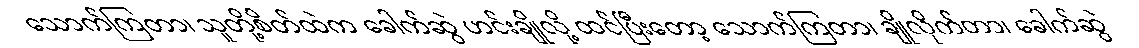
သောက်ကြတာ၊ သူတို့စိတ်ထဲက ခေါက်ဆွဲ ဟင်းချိုလို့ ထင်ပြီးတော့ သောက်ကြတာ၊ ချိုလိုက်တာ၊ ခေါက်ဆွဲ